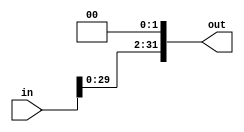
module two_bit_sll(in, out);
	input [ 31 : 0 ] in; 
	output [ 31 : 0 ] out;
	
	genvar i; 
	generate 
		for(i = 31; i>1;  i=i-1) begin : loop2
			assign out[i] = in[i-2]; 
		end
	endgenerate	
	

	genvar j; 
	generate
		for(j = 0; j<2; j = j+1) begin : loop3
		   assign out[j] = 0 ;
		end
	endgenerate
	
	
	
	
	
endmodule